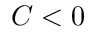
C < 0